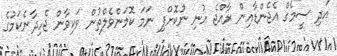
އަދި ސީމެގް އެޖެންޑާއިން ރާއްޖެ އުނި ނުކޮށްފި ނަމަ ކޮމަންވެލްތުން ވަކިވާން ޖެހިދާނެކަމުގެ